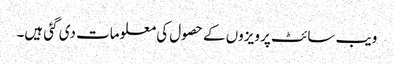
ویب سائٹ پر ویزوں کے حصول کی معلومات دی گئی ہیں۔